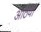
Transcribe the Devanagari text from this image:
आठवाॅ